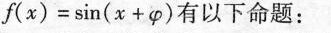
$$f ( x ) = \sin ( x + \varphi )$$有以下命题：